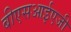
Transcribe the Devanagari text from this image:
बीएसआईएजी